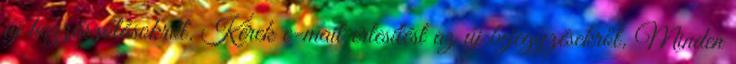
új hozzászólásokról. Kérek e-mail értesítést az új bejegyzésekről. Minden